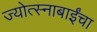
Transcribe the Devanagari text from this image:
ज्योत्स्नाबाईंचा